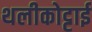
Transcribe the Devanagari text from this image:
थलीकोट्टाई